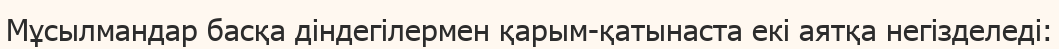
Мұсылмандар басқа діндегілермен қарым-қатынаста екі аятқа негізделеді: